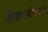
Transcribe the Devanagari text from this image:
मेजवानीकरता